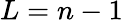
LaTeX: L=n-1